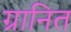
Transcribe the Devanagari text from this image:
ग्रानित